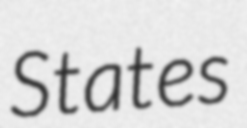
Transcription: States